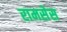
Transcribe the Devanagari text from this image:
रामसेस